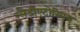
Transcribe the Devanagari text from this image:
ग्लैडीएटोरियम